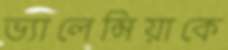
ভ্যালেন্সিয়াকে